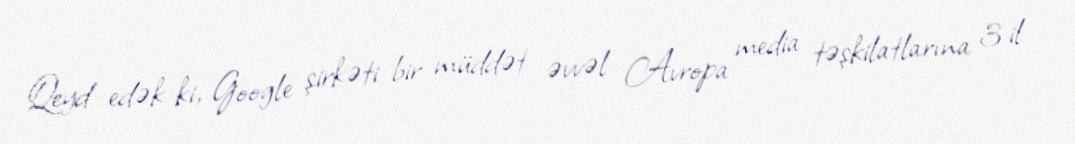
Qeyd edək ki, Google şirkəti bir müddət əvvəl Avropa media təşkilatlarına 3 il